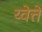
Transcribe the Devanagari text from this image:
य्वेत्ते